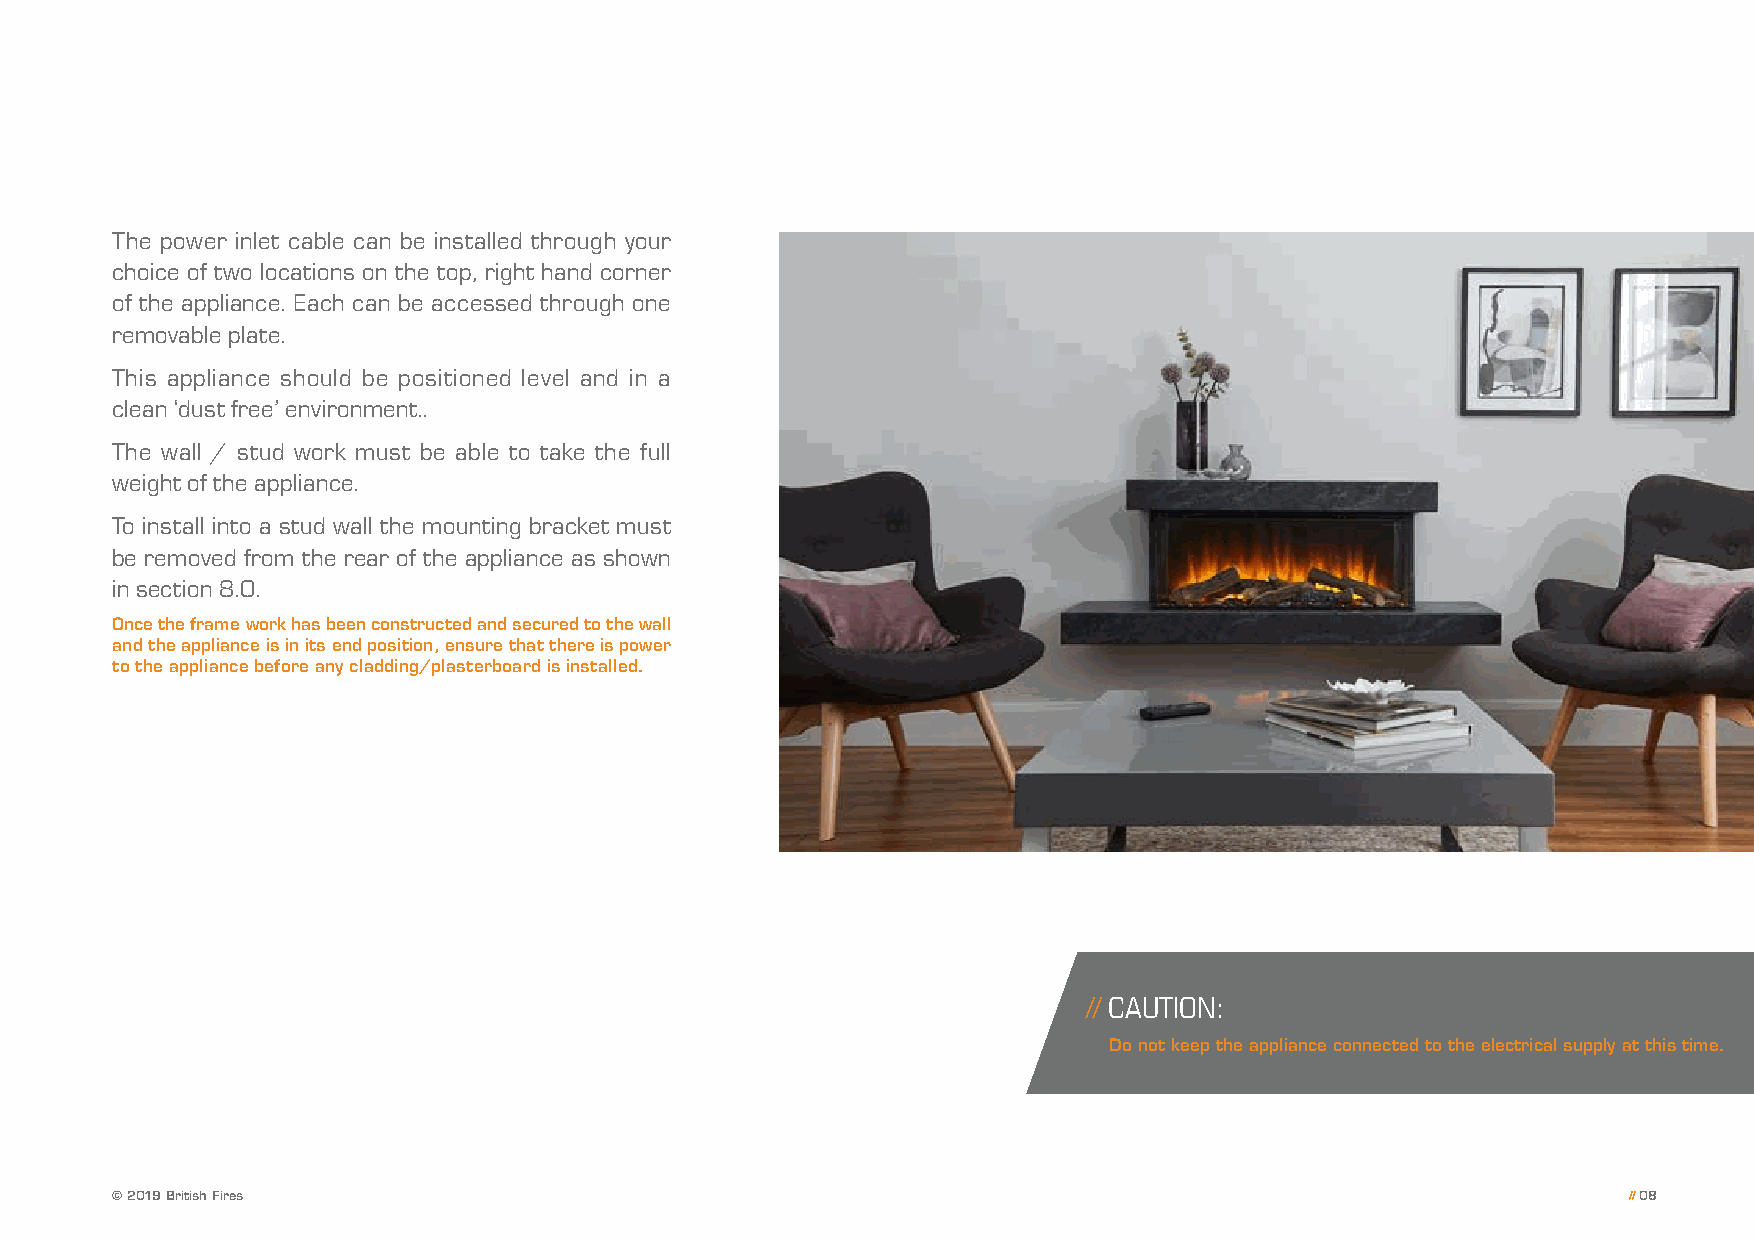
The power inlet cable can be installed through your
 choice of two locations on the top, right hand corner
 of the appliance. Each can be accessed through one
 removable plate.
 This appliance should be positioned level and in a
 clean ‘dust free’ environment..
 The wall / stud work must be able to take the full
 weight of the appliance.
 To install into a stud wall the mounting bracket must
 be removed from the rear of the appliance as shown
 in section 8.0.
 Once the frame work has been constructed and secured to the wall
 and the appliance is in its end position, ensure that there is power
 to the appliance before any cladding/plasterboard is installed.
 // CAUTION:
 Do not keep the appliance connected to the electrical supply at this time.
 © 2019 British Fires                                                                                 // 08